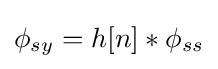
{\phi }_{sy}=h[n]*{\phi }_{ss}